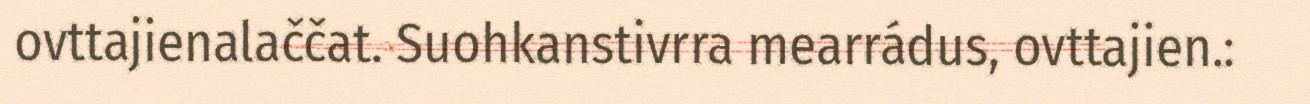
ovttajienalaččat. Suohkanstivrra mearrádus, ovttajien.: